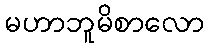
မဟာဘူမိစာလော